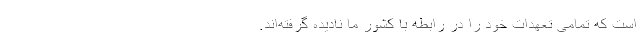
است که تمامی تعهدات خود را در رابطه با کشور ما نادیده گرفته‌اند.